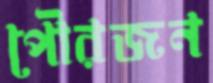
পৌরজন